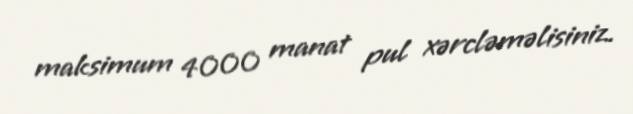
maksimum 4000 manat pul xərcləməlisiniz.